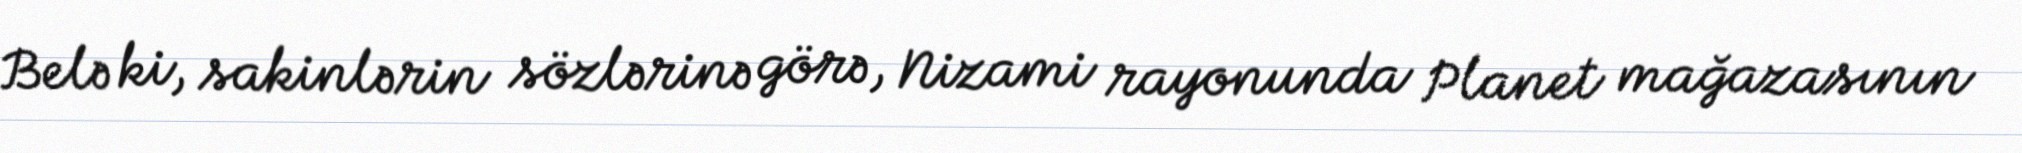
Belə ki, sakinlərin sözlərinə görə, Nizami rayonunda Planet mağazasının